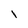
Character: I